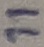
Text: 11